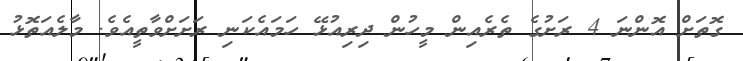
ގޮތަށް އޮންނަ 4 ރަށުގެ ތެރެއިން މީހުން ދިރިއުޅޭ ހަމައެކަނި ރަށަށްވާތީއެވެ. މާލެއަތޮޅު